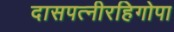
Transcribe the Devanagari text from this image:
दासपत्नीरहिगोपा